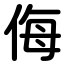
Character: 侮